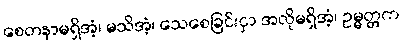
စေတနာမရှိအံ့၊ မသိအံ့၊ သေစေခြင်းငှာ အလိုမရှိအံ့၊ ဥမ္မတ္တက